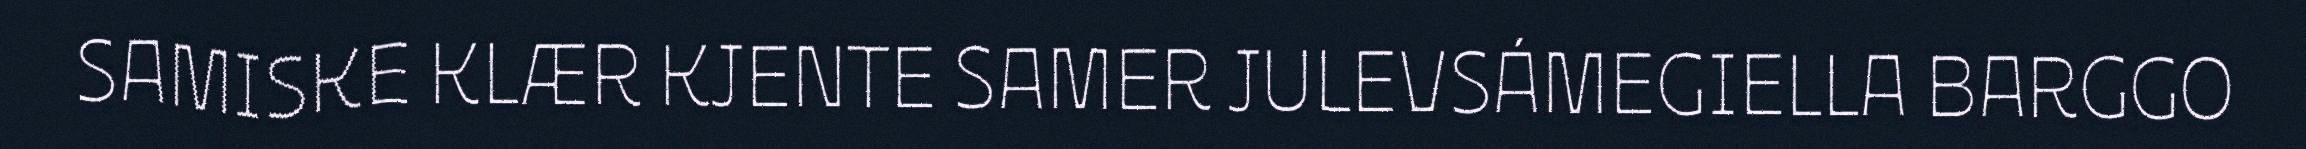
SAMISKE KLÆR KJENTE SAMER JULEVSÁMEGIELLA BARGGO